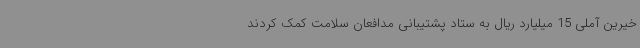
خیرین آملی 15 میلیارد ریال به ستاد پشتیبانی مدافعان سلامت کمک کردند